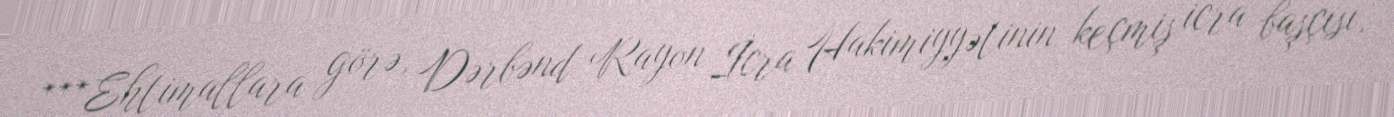
***Ehtimallara görə, Dərbənd Rayon İcra Hakimiyyətinin keçmiş icra başçısı,